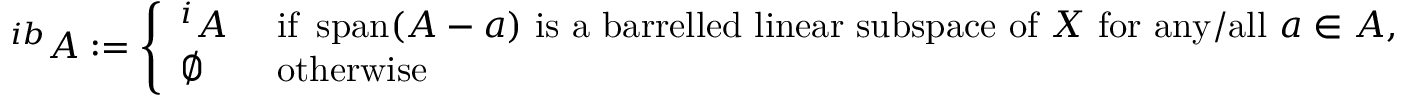
^ { i b } A : = { \left\{ \begin{array} { l l } { ^ { i } A } & { { \mathrm { ~ i f ~ } } \operatorname { s p a n } ( A - a ) { \mathrm { ~ i s ~ a ~ b a r r e l l e d ~ l i n e a r ~ s u b s p a c e ~ o f ~ } } X { \mathrm { ~ f o r ~ a n y / a l l ~ } } a \in A { \mathrm { , } } } \\ { \varnothing } & { { \mathrm { ~ o t h e r w i s e } } } \end{array} \right. }